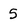
Character: 5